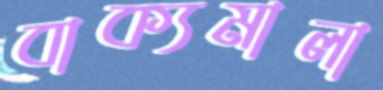
বাক্যমালা